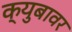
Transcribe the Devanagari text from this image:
क्युबावर